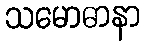
သမောဓာနာ